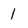
Character: 1